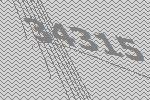
34315